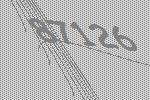
87126